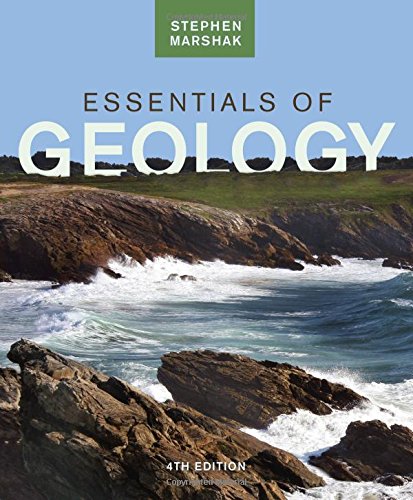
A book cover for Essentials of Geology (Fourth Edition); Stephen Marshak; Science & Math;